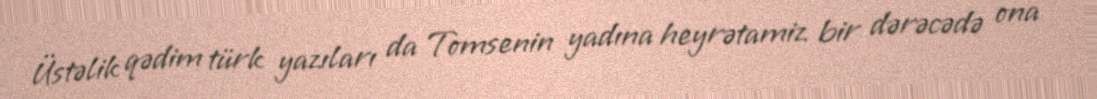
Üstəlik qədim türk yazıları da Tomsenin yadına heyrətamiz bir dərəcədə ona